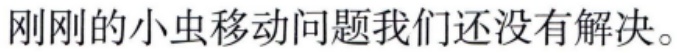
刚刚的小虫移动问题我们还没有解决。